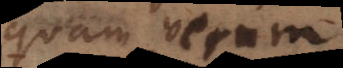
quam verum